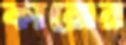
কারোর